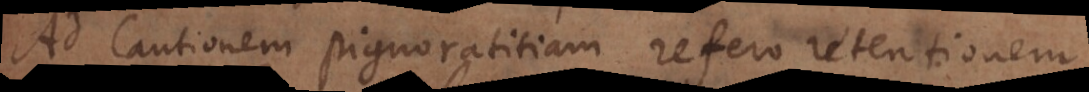
Ad Cautionem pignoratitiam refero retentionem.